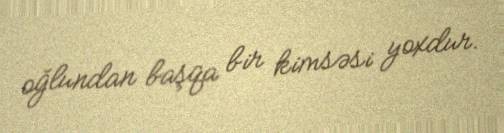
oğlundan başqa bir kimsəsi yoxdur.